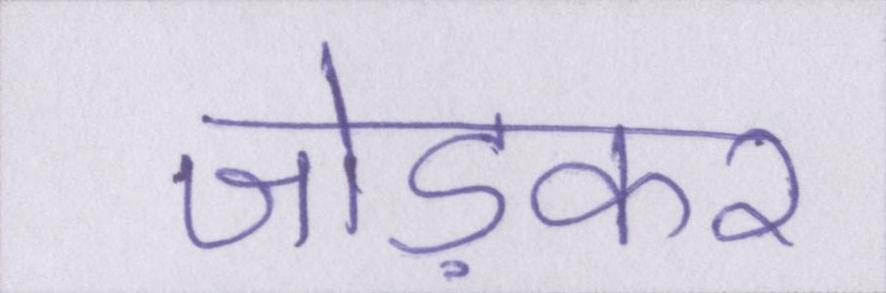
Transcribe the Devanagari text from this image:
जोड़कर